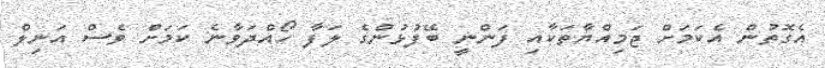
އެގޮތުން އެކަމަށް ޖަމިއްޔާތަކާއި ފަންނީ ބޭފުޅުންގެ ލަފާ ހޯއްދަވާނެ ކަމަށް ވެސް އަނިލް